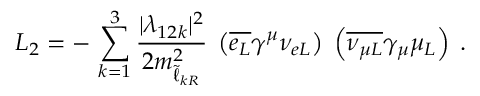
{ \cal L } _ { 2 } = - \, \sum _ { k = 1 } ^ { 3 } \frac { | \lambda _ { 1 2 k } | ^ { 2 } } { 2 m _ { \tilde { \ell } _ { k R } } ^ { 2 } } \; \left( \overline { { { e _ { L } } } } \gamma ^ { \mu } \nu _ { e L } \right) \; \left( \overline { { { \nu _ { \mu L } } } } \gamma _ { \mu } \mu _ { L } \right) \; .